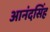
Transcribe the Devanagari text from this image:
आनंदसिंह